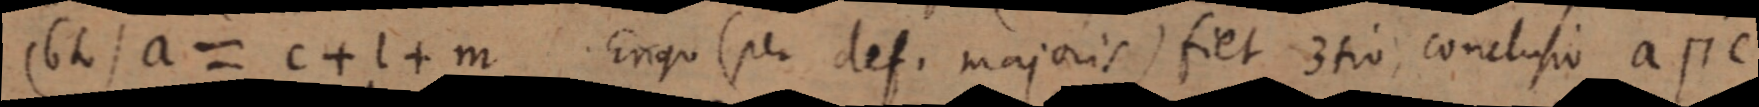
(6to) a = c + l + m Ergo (per def. majoris) fiet 3to, conclusio a п c